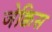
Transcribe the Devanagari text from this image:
जेक्विस